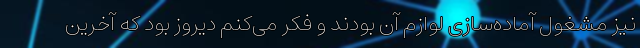
نیز مشغول آماده‌سازی لوازم آن بودند و فکر می‌کنم دیروز بود که آخرین